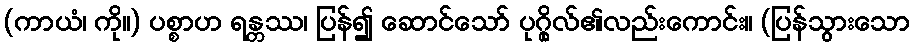
(ကာယံ၊ ကို။) ပစ္စာဟ ရန္တဿ၊ ပြန်၍ ဆောင်သော် ပုဂ္ဂိုလ်၏လည်းကောင်း။ (ပြန်သွားသော